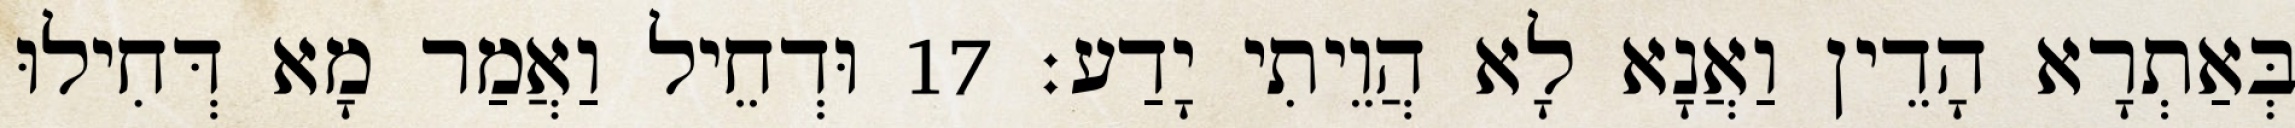
בְּאַתְרָא הָדֵין וַאֲנָא לָא הֲוֵיתִי יָדַע׃ 17 וּדְחֵיל וַאֲמַר מָא דְּחִילוּ